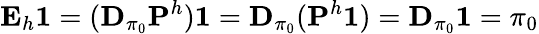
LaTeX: \textbf{E}_{h}\textbf{1}=(\mathbf{D}_{\pi_{0}}\mathbf{P}^{h})\textbf{1}=\mathbf{D}_{\pi_{0}}(\mathbf{P}^{h}\textbf{1})=\mathbf{D}_{\pi_{0}}\textbf{1}=\pi_{0}